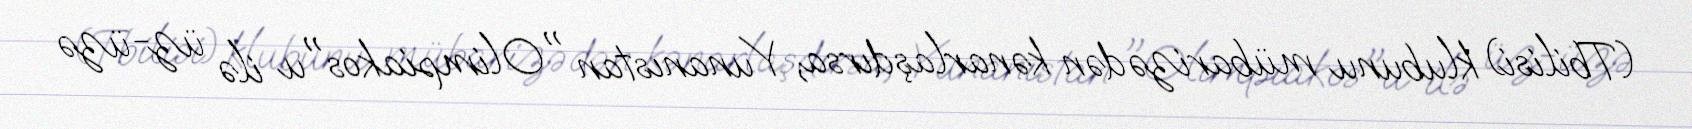
(Tbilisi) klubunu mübarizədən kənarlaşdırsa, Yunanıstan "Olimpiakos"u ilə üz-üzə